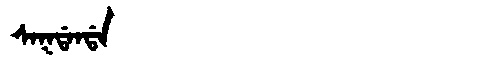
Manchu: ᠰᠠᡴᡩᠠᠨᡩᠠ
Romanization: SAKDANDA